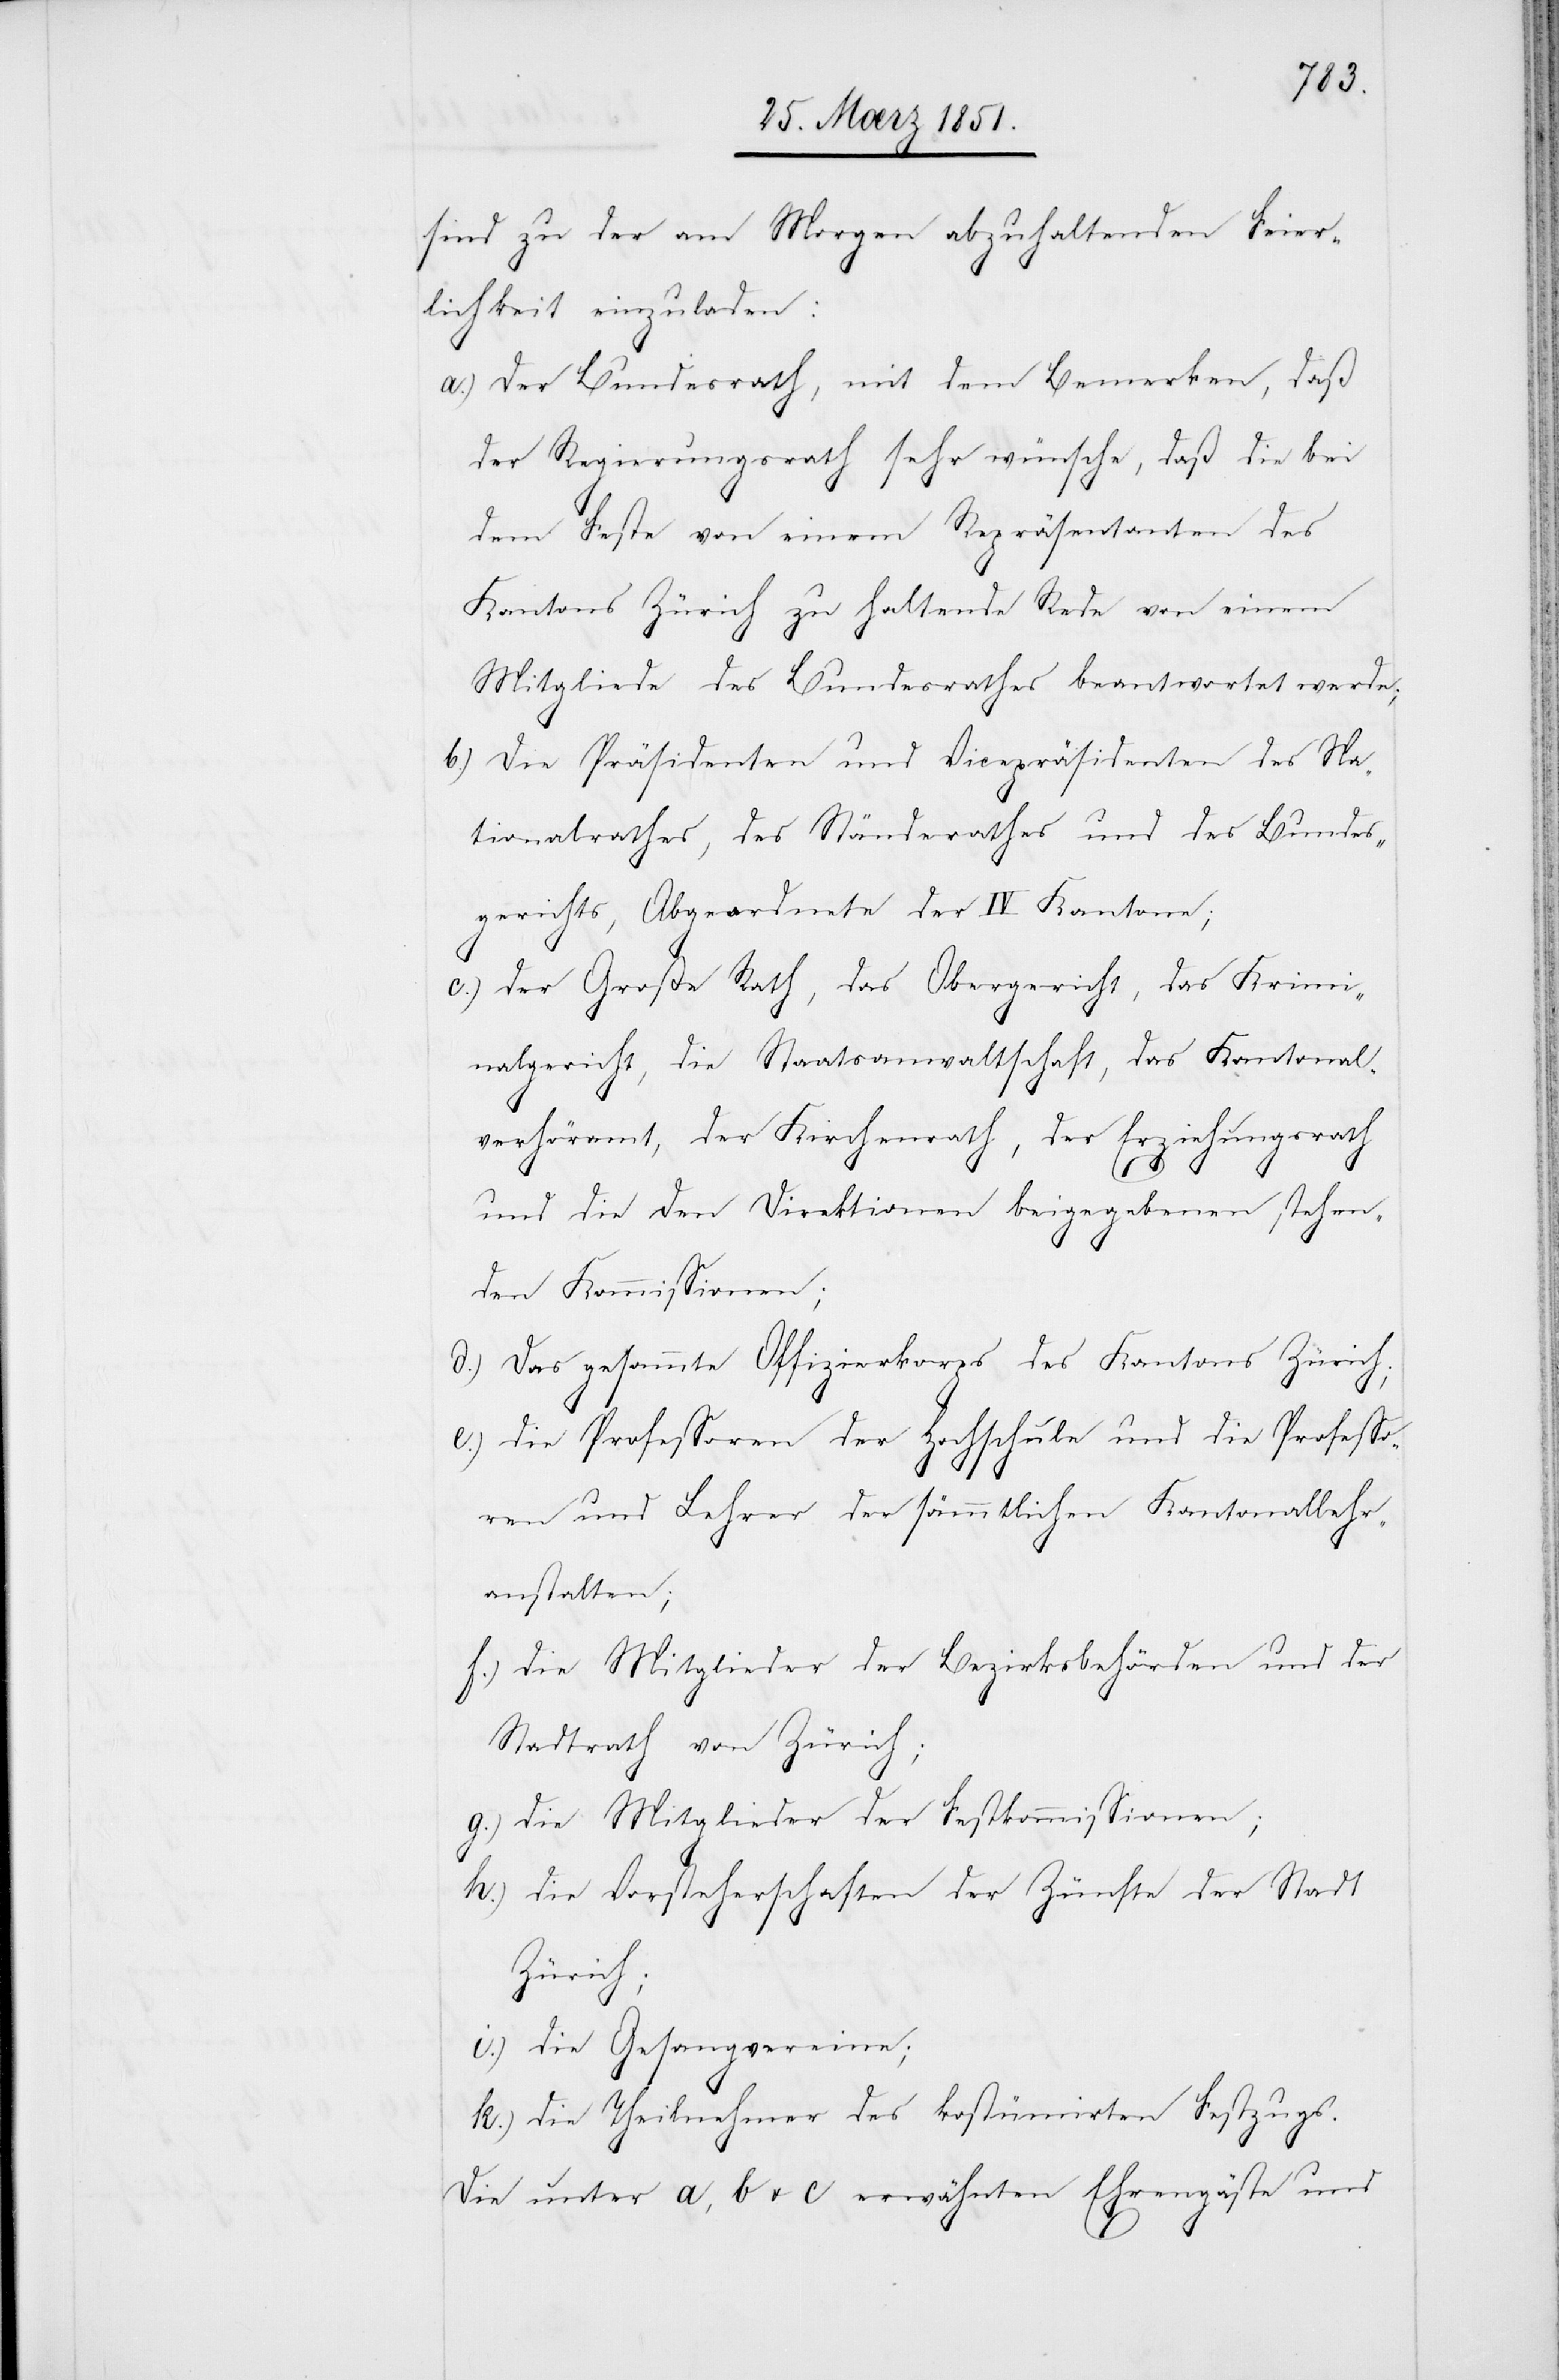
sind zu der am Morgen abzuhaltenden Feier¬
lichkeit einzuladen:
Der Bundesrath, mit dem Bemerken, daß
der Regierungsrath sehr wünsche, daß die bei
dem Feste von einem Repräsentanten des
Kantons Zürich zu haltende Rede von einem
Mitgliede des Bundesrathes beantwortet werde;
Die Präsidenten und Vicepräsidenten des Na¬
tionalrathes, des Ständerathes und des Bundes¬
gerichts, Abgeordnete der IV Kantone;
der Große Rath, das Obergericht, das Krimi¬
nalgericht, die Staatsanwaltschaft, das Kantonal¬
verhöramt, der Kirchenrath, der Erziehungsrath
und die den Direktionen beigegebenen stehen¬
den Kommissionen;
Das gesammte Offizierkorps des Kantons Zürich;
die Professoren der Hochschule und die Professo¬
ren und Lehrer der sämmtlichen Kantonallehr¬
anstalten;
die Mitglieder der Bezirksbehörden und der
Stadtrath von Zürich;
die Mitglieder der Festkommissionen;
die Vorsteherschaften der Zünfte der Stadt
Zürich;
die Gesangvereine;
die Theilnehmer des kostümirten Festzugs.
Die unter a, b u. c erwähnten Ehrengäste und